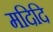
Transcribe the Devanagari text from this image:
मदिदि